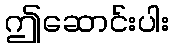
ဤဆောင်းပါး